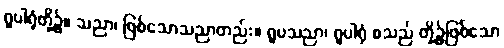
ရူပါရုံတို့၌။ သညာ၊ ဖြစ်သောသညာတည်း။ ရူပသညာ၊ ရူပါရုံ စသည် တို့၌ဖြစ်သော